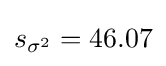
s_{\sigma ^{2}}=46.07